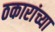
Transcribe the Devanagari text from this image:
ठकारांच्या